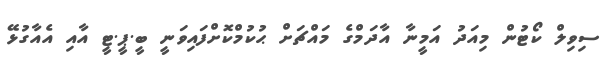
ސިވިލް ކޯޓުން މިއަދު އަމީނާ އާދަމްގެ މައްޗަށް ޙުކުމްކޮށްފައިވަނީ ބީ.ޕީ.ޓީ އާއި އެއާގުޅޭ